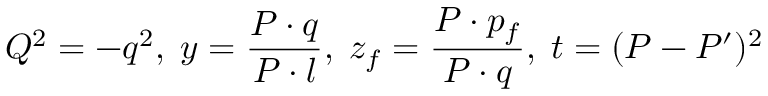
Q ^ { 2 } = - q ^ { 2 } , \; y = \frac { P \cdot q } { P \cdot l } , \; z _ { f } = \frac { P \cdot p _ { f } } { P \cdot q } , \; t = ( P - P ^ { \prime } ) ^ { 2 }